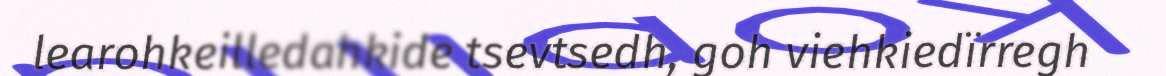
learohkeilledahkide tsevtsedh, goh viehkiedïrregh